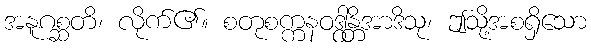
အနူဂစ္ဆတိ၊ လိုက်၏။ စတုစက္ကနဝဒွါန္တိအာဒိသု၊ ဤသို့အစရှိသော